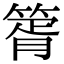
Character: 䈝